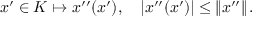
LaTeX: x ^ { \prime } \in K \mapsto x ^ { \prime \prime } ( x ^ { \prime } ) , \quad \left| x ^ { \prime \prime } ( x ^ { \prime } ) \right| \leq \left\| x ^ { \prime \prime } \right\| .